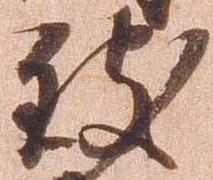
致